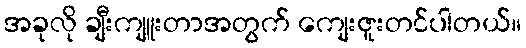
အခုလို ချီးကျူးတာအတွက် ကျေးဇူးတင်ပါတယ်။